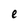
Character: e